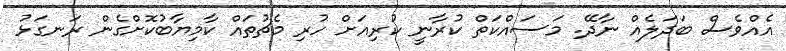
އެއްވެސް ބަދަލެއް ނާދޭ. މަސައްކަތް ކުރާނީ ކުރިއަށް ހުރި މެޗުތައް ކާމިޔާބުކޮށްގެން ރަނގަޅު